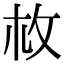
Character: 𢻾